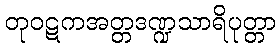
တုဝဋကအတ္တဒဏ္ဍသာရိပုတ္တာ